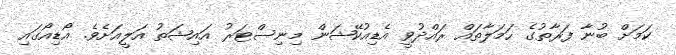
ކަމަށް ބުނާ ފަރާތުގެ ހަމަލާތައް ރައްދުވީ އެޑިއުކޭޝަން މިނިސްޓަރު އައިޝަތު އަލީއަށެވެ. އޯޑިއޯގައި